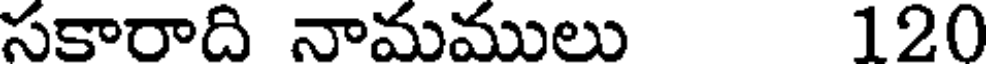
సకారాది నామములు 120